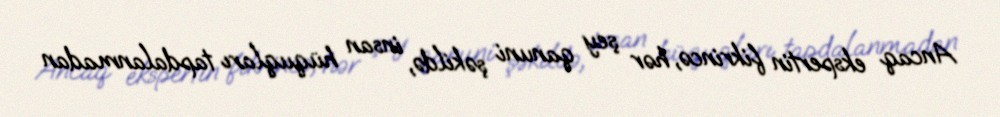
Ancaq ekspertin fikrincə, hər şey qanuni şəkildə, insan hüquqları tapdalanmadan